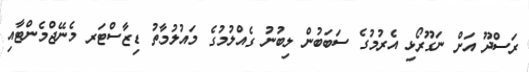
ރަސްދޫ އަށް ނަގޫރޯޅި އެރުމުގެ ސަބަބުން ލިބުނު ގެއްލުމުގެ މައުލުމާތު ޑިޒާސްޓަރ މެނޭޖްމެންޓާއި